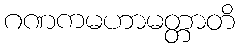
ဂဏကမဟာမတ္တာတိ